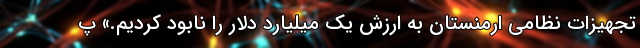
تجهیزات نظامی ارمنستان به ارزش یک میلیارد دلار را نابود کردیم.» پ